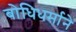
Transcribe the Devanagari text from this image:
बोधिधर्माने